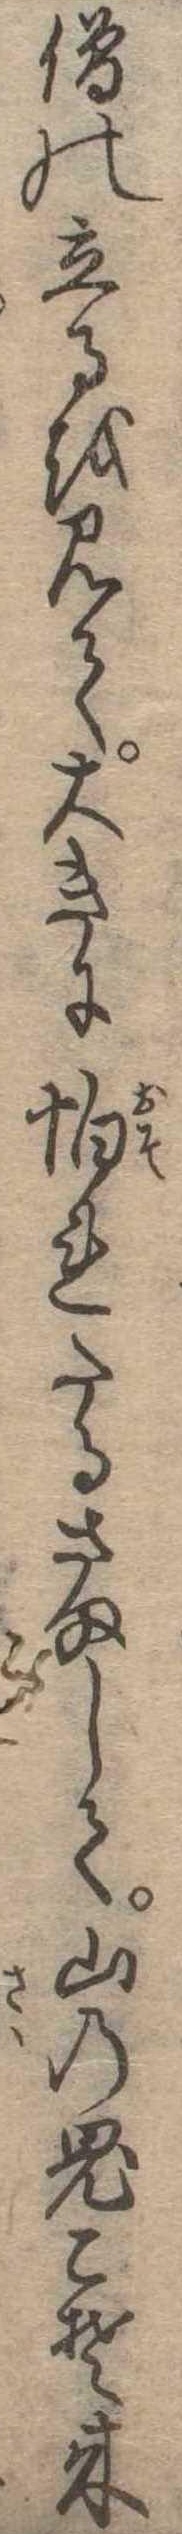
僧の立るを見て大きに怕れたるさまして山の鬼こそ来